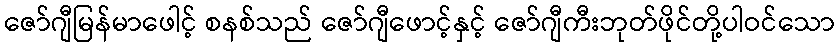
ဇော်ဂျီမြန်မာဖေါင့် စနစ်သည် ဇော်ဂျီဖောင့်နှင့် ဇော်ဂျီကီးဘုတ်ဖိုင်တို့ပါဝင်သော